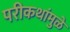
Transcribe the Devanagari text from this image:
परीकथांमुळे